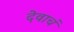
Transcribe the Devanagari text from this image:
देवाचं